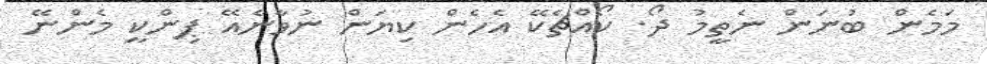
މަމެން ބުނަން ނެތީމު ދޯ. ކޯއްޗެކޭ އެހެން ކިޔަން ނުވާނެއޭ ޕިންކީ މެންނޭ